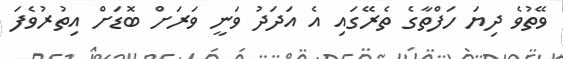
ވޭތުވެ ދިޔަ ހަފްތާގެ ތެރޭގައި އެ އަދަދު ވަނީ ވަރަށް ބޮޑަށް އިތުރުވެފަ